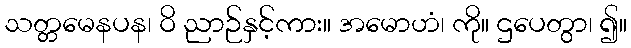
သတ္တမေနပန၊ ဝိ ညာဉ်နှင့်ကား။ အမောဟံ၊ ကို။ ဌပေတွာ၊ ၍။